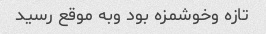
تازه وخوشمزه بود وبه موقع رسید